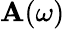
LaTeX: \mathbf{A}(\omega)